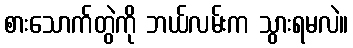
စားသောက်တွဲကို ဘယ်လမ်းက သွားရမလဲ။